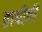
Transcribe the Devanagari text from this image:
तापीची